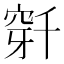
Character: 𬔌